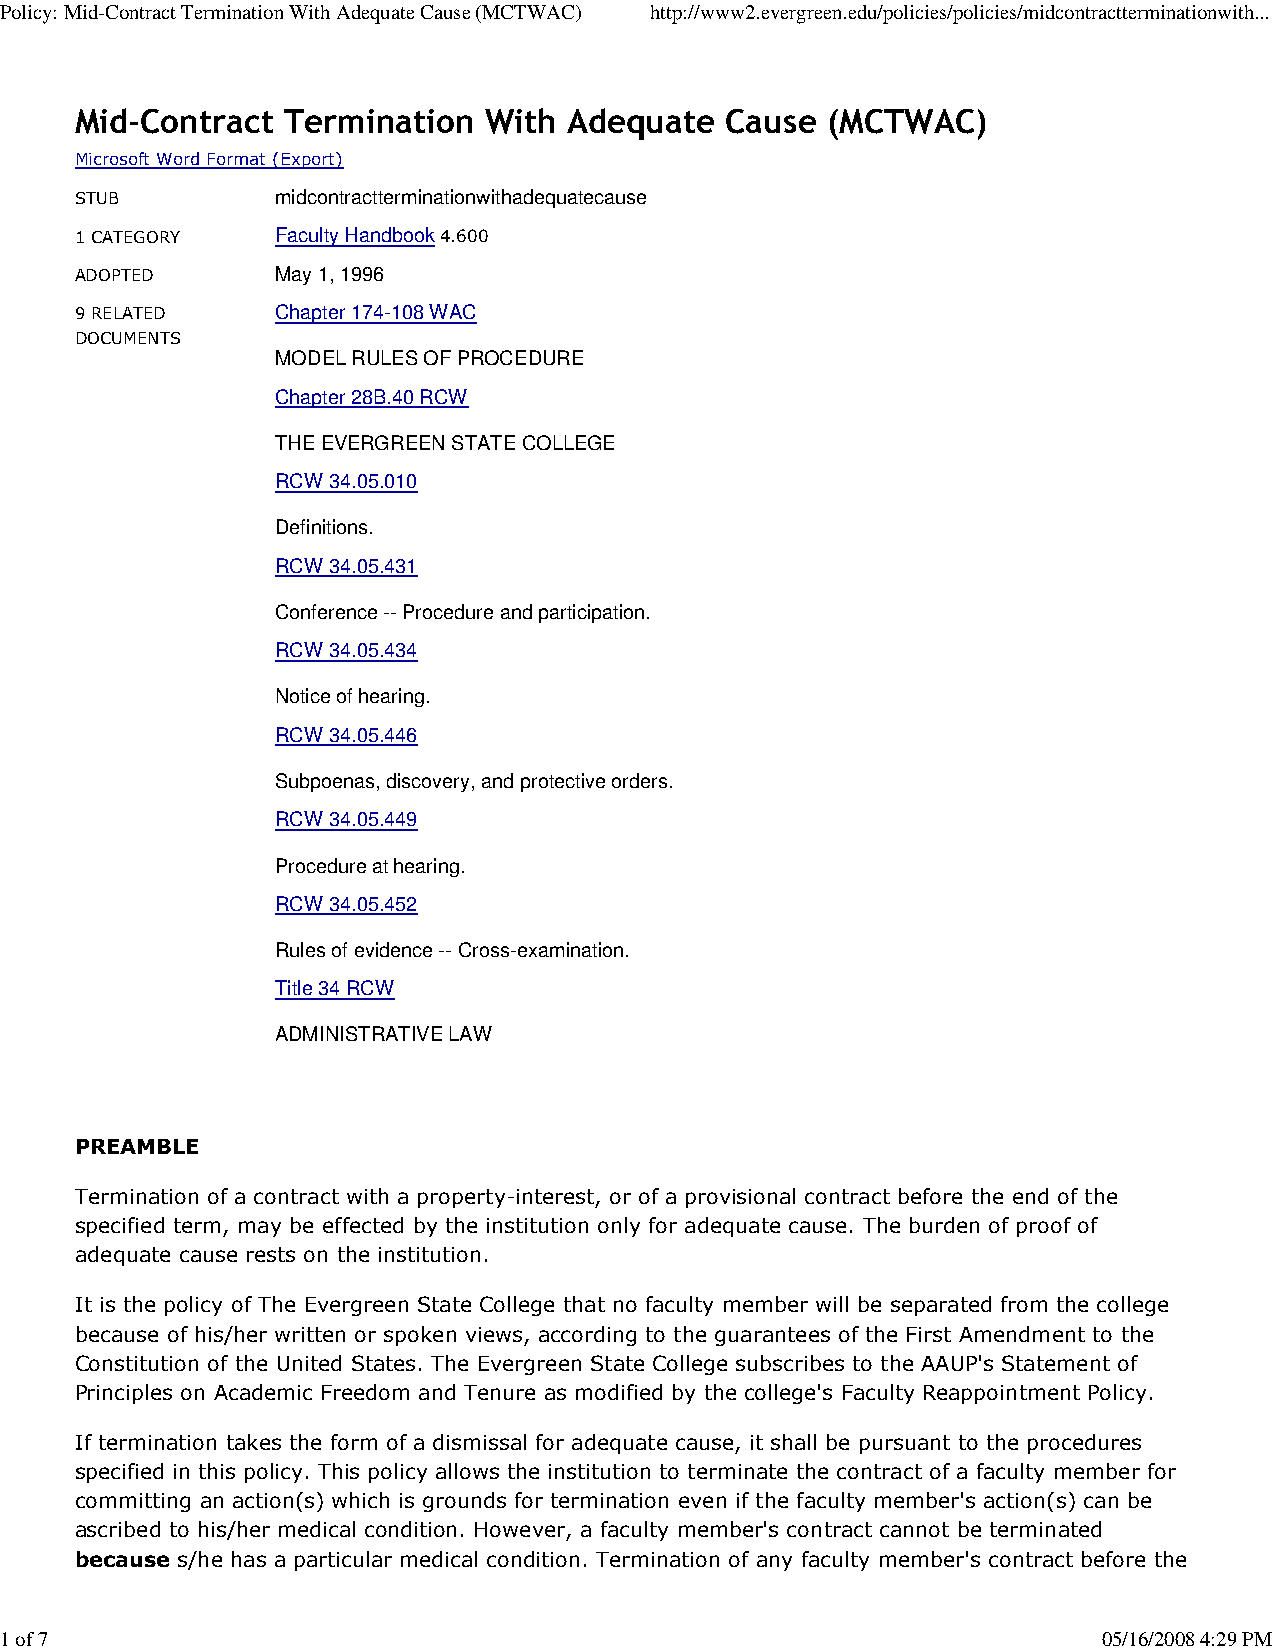
Policy: Mid-Contract Termination With Adequate Cause (MCTWAC) http://www2.evergreen.edu/policies/policies/midcontractterminationwith...
 Mid-Contract  Termination  With  Adequate  Cause  (MCTWAC)
 Microsoft Word Format (Export)
 STUB         midcontractterminationwithadequatecause
 1 CATEGORY   Faculty Handbook 4.600
 ADOPTED      May 1, 1996
 9 RELATED    Chapter 174-108 WAC
 DOCUMENTS
 MODEL RULES OF PROCEDURE
 Chapter 28B.40 RCW
 THE EVERGREEN STATE COLLEGE
 RCW 34.05.010
 Definitions.
 RCW 34.05.431
 Conference -- Procedure and participation.
 RCW 34.05.434
 Notice of hearing.
 RCW 34.05.446
 Subpoenas, discovery, and protective orders.
 RCW 34.05.449
 Procedure at hearing.
 RCW 34.05.452
 Rules of evidence -- Cross-examination.
 Title 34 RCW
 ADMINISTRATIVE LAW
 PREAMBLE
 Termination of a contract with a property-interest, or of a provisional contract before the end of the
 specified term, may be effected by the institution only for adequate cause. The burden of proof of
 adequate cause rests on the institution.
 It is the policy of The Evergreen State College that no faculty member will be separated from the college
 because of his/her written or spoken views, according to the guarantees of the First Amendment to the
 Constitution of the United States. The Evergreen State College subscribes to the AAUP's Statement of
 Principles on Academic Freedom and Tenure as modified by the college's Faculty Reappointment Policy.
 If termination takes the form of a dismissal for adequate cause, it shall be pursuant to the procedures
 specified in this policy. This policy allows the institution to terminate the contract of a faculty member for
 committing an action(s) which is grounds for termination even if the faculty member's action(s) can be
 ascribed to his/her medical condition. However, a faculty member's contract cannot be terminated
 because s/he has a particular medical condition. Termination of any faculty member's contract before the
 1 of 7                                                                   05/16/2008 4:29 PM